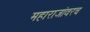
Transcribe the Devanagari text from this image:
महाराजांवरच